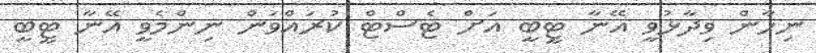
ނިހާން ވިދާޅުވީ އޭނާ ޓީބީ އަށް ޓެސްޓް ކުރައްވަން ނިންމެވީ އޭނާ ޓީބީ